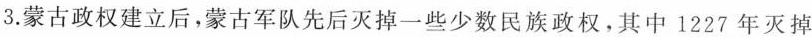
3.蒙古政权建立后，蒙古军队先后灭掉一些少数民族政权，其中1227年灭掉